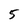
Character: 5